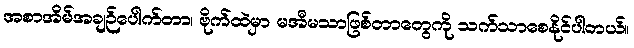
အစာအိမ်အချဉ်ပေါက်တာ၊ ဗိုက်ထဲမှာ မအီမသာဖြစ်တာတွေကို သက်သာစေနိုင်ပါတယ်။